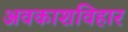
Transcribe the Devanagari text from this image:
अवकाशविहार